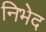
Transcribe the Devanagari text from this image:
निभेद